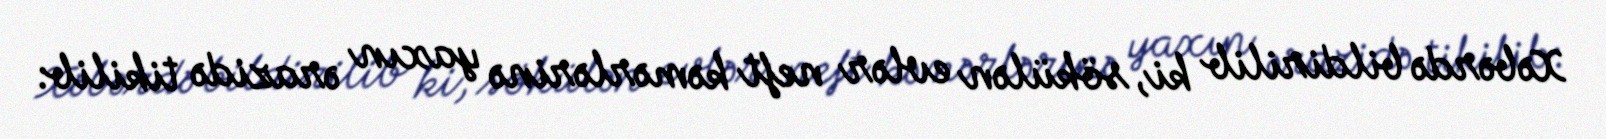
Xəbərdə bildirilib ki, sökülən evlər neft kəmərlərinə yaxın ərazidə tikilib: